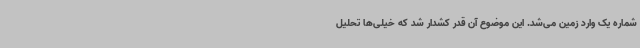
شماره یک وارد زمین می‌شد. این موضوع آن‌ قدر کشدار شد که خیلی‌ها تحلیل